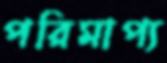
পরিমাপ্য